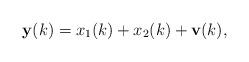
LaTeX: \begin{align*}\mathbf{y}(k)=x_1(k)+x_2(k)+\mathbf{v}(k),\end{align*}